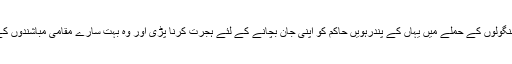
یہ ایک تجارتی شہر تھا لیکن منگولوں کے حملے میں یہاں کے پندرہویں حاکم کو اپنی جان بچانے کے لئے ہجرت کرنا پڑی اور وہ بہت سارے مقامی مباشندوں کے ساتھ یہاں سے ہجرت کرگیا۔